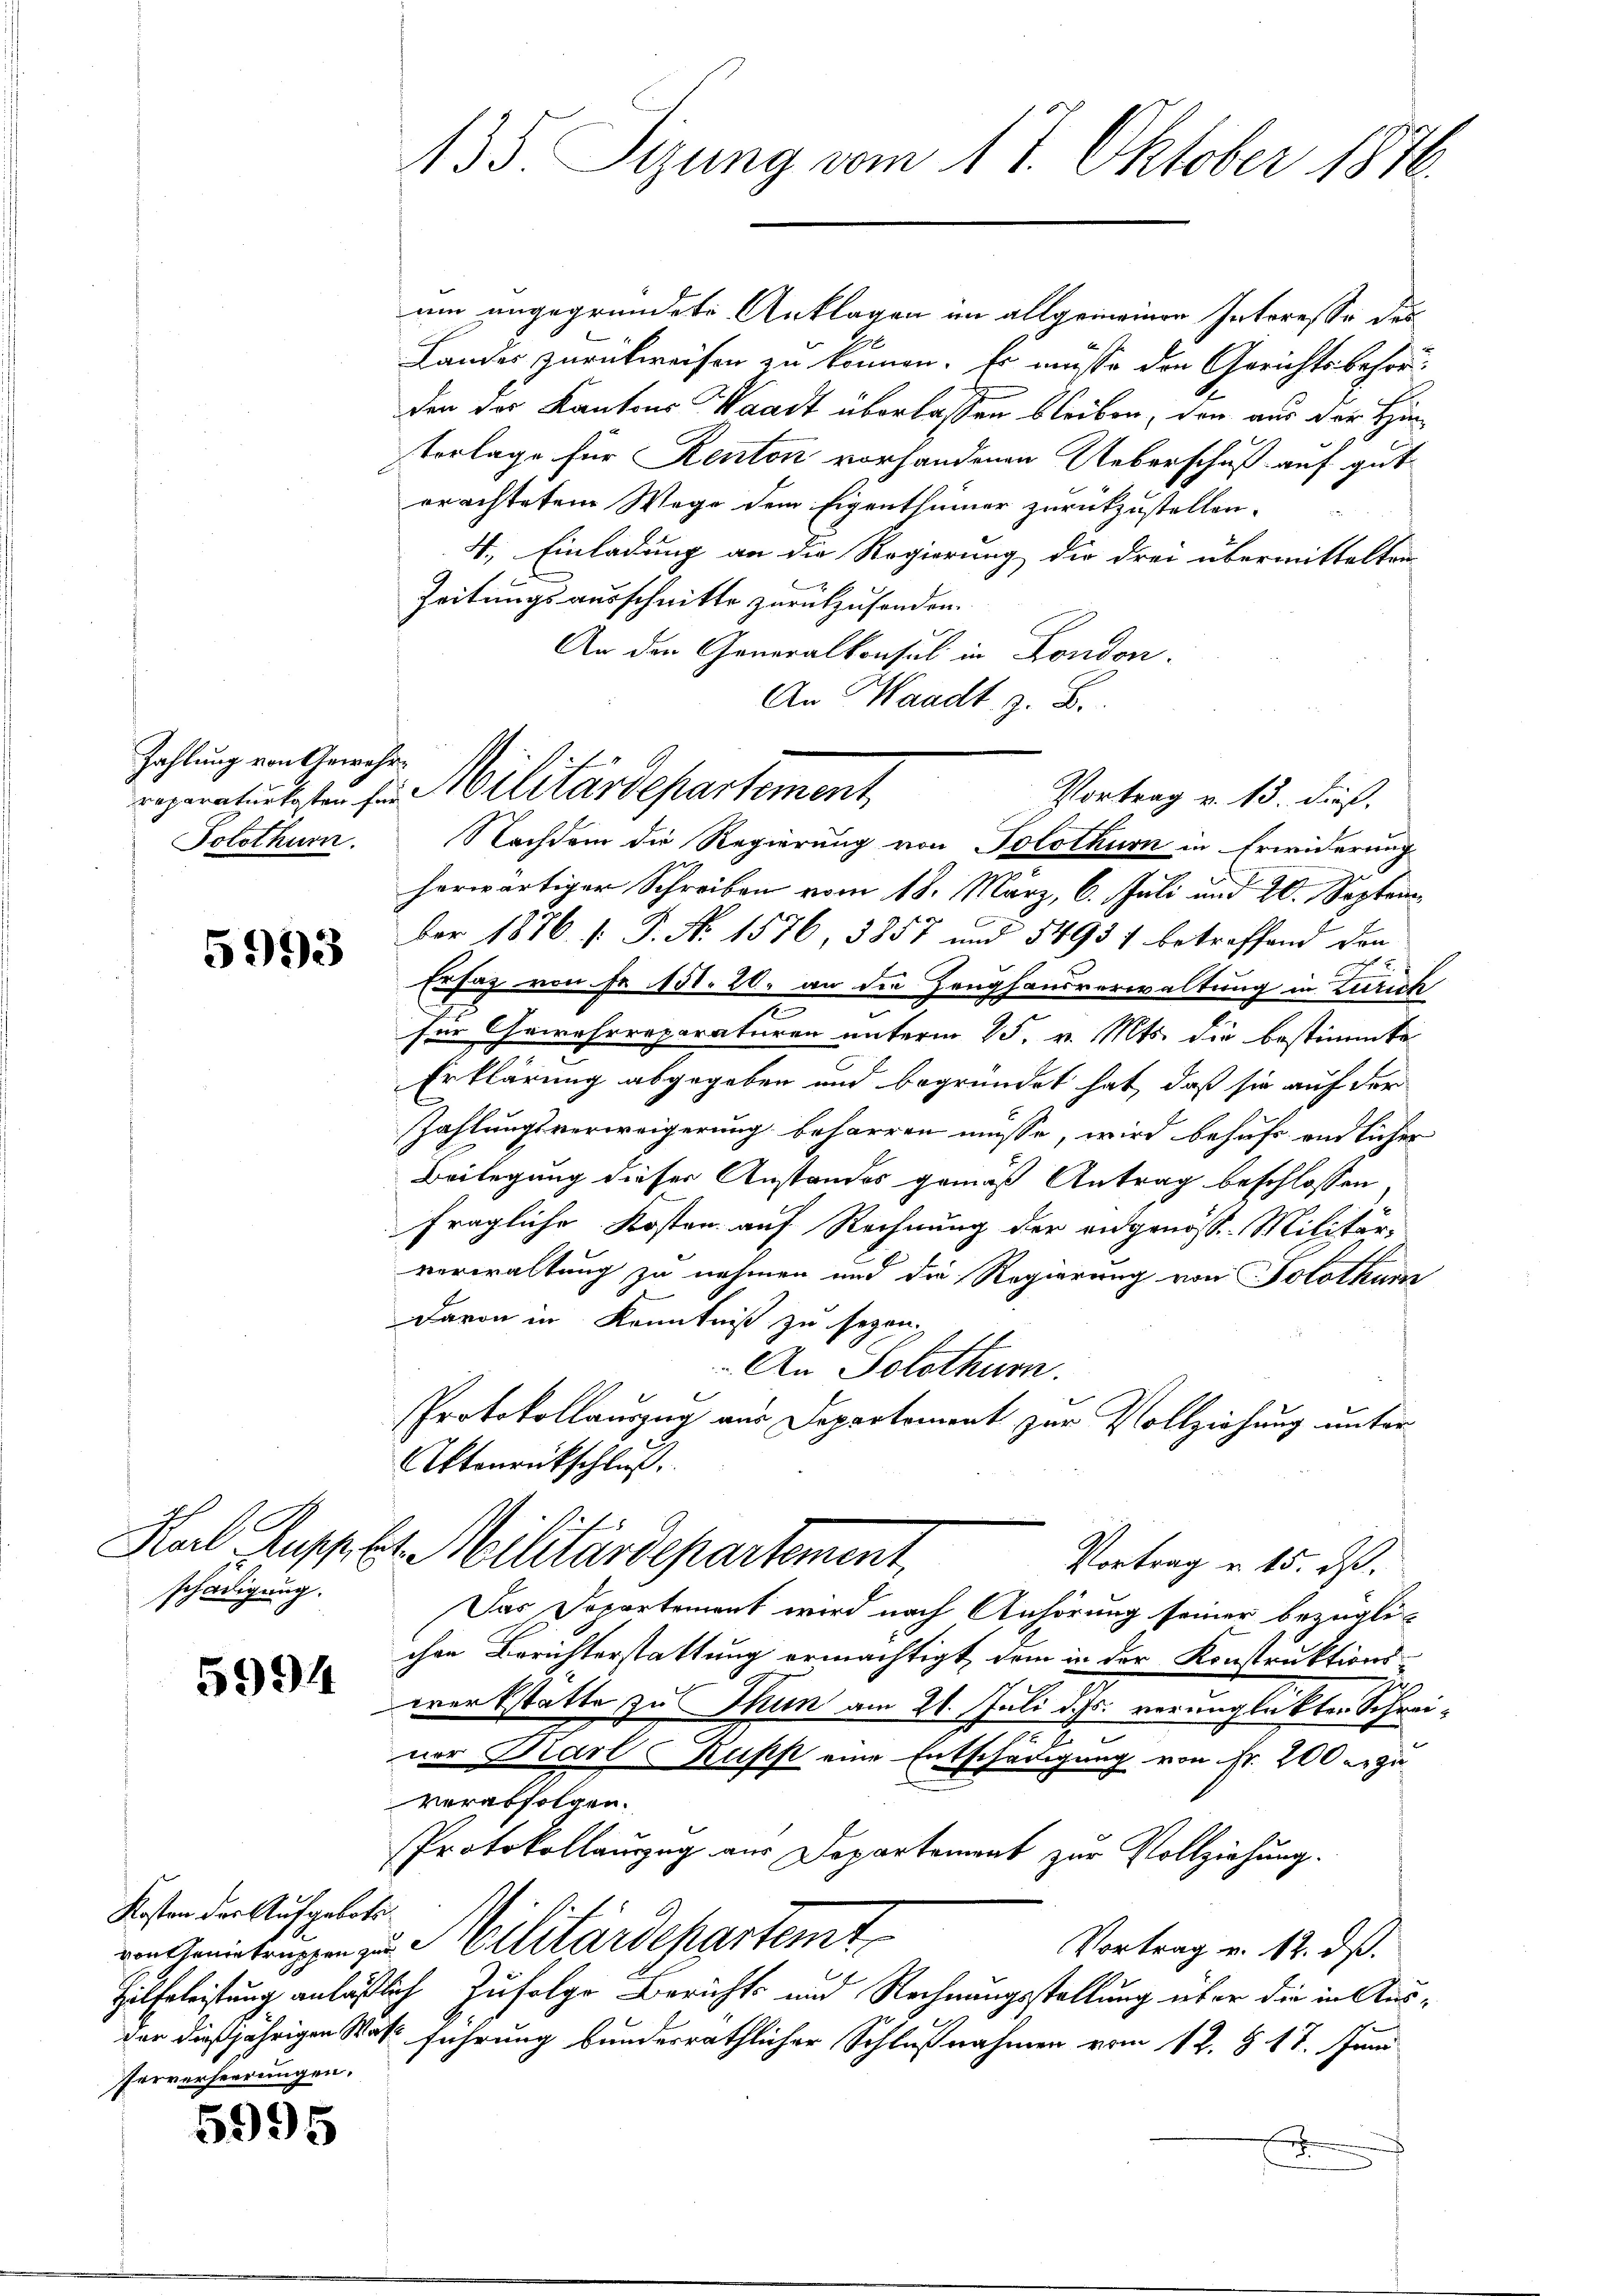
Zahlung von Gewehr¬

5993

E
schädigung.

5994

Kosten der Aufgebotsferverseerungen.

5995

135. Sizung vom 17. Oktober 1876.

um ungegründete Anklagen im allgemeinen Interesse des
Landes zurückweisen zu können. Er müsse den Gerichtsbehör
den der Kantons Waadt überlassen bleiben, den aus der Hin¬
Vorlage für Renton vorhandenen Ueberschuß auf gut
erachtetem Wege dem Eigenthümer zurückzustellen.
4. Einladung an die Regierung die drei übermittelten
Zeitungsausschnitte zurückzusenden.
An den Generalkonsul in Fondon.
An Waadt B.
herwärtiger Schreiben vom 18. März, 6. Juli und 20. September 1876 (: P. N. 1576, 3857 und 54937 betreffend den
Ersatz von Fr. 151. 20. an die Zeughausverwaltung in Zürich
für Gewehrreparaturen unterm 15. v. Mts. die bestimmte
Erklärung abgegeben und begründet hat, daß sie auf der
Zahlungsverweigerung beharren müsse, wird behufs endlicher
Beilegung dieser Anstandes gemäß Antrag beschlossen
fragliche Kosten auf Rechnung der eidgenöss. Militär-
verwaltung zu nehmen und die Regierung von Solothum
Davon in Kenntniß zu seyen.
An Solothurn.
Protokollauszug aus Departement zur Vollziehung unter
Aktenrückschluß.
Karl Suppes Militärdepartement,
Vortrag u. 15. ds.
Das Departement wird nach Anhörung seiner bezüglichen Berichterstattung ermächtigt, dem in der Konstruktions-
werkstatte zu Thun am 21. Juli d.J. verunglückten Schrei¬
E
ner Karl Kuss eine Entschädigung von Fr. 200 zu
verabfolgen.
Protokollauszug aus Departement zur Vollziehung.
von Amietrugen zu Militärdepartemt
Vortrag v. 12. dß.
Hülfeleistung anläßlich Zufolge Berichts und Rechnungsstellung über die in Ausder dießjährigen Statt führung bunderräthlicher Schlußnahmen vom 12. J. 17. Juni

reperatuntasten für Militärdepartement
Vortrag v. 13. dieß.
Solothurn. Nachdem die Regierung von Solothurn in Erwiderung